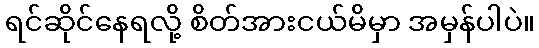
ရင်ဆိုင်နေရလို့ စိတ်အားငယ်မိမှာ အမှန်ပါပဲ။